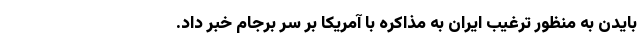
بایدن به منظور ترغیب ایران به مذاکره با آمریکا بر سر برجام خبر داد.